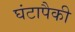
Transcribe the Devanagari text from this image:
घंटापैकी